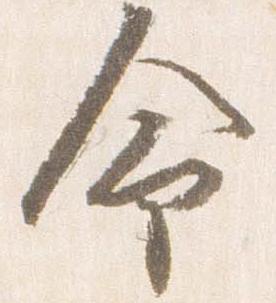
命